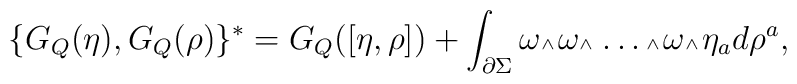
\{ G_Q(\eta), G_Q(\rho) \}^* = G_Q([\eta,\rho]) + \int_{\partial \Sigma}\omega \mbox{\tiny $\wedge\,$} \omega \mbox{\tiny $\wedge\,$}\dots  \mbox{\tiny $\wedge\,$} \omega \mbox{\tiny $\wedge\,$}  \eta_a d\rho^a,